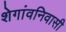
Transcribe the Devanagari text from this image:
शेगांवनिवासी